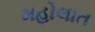
મહોલાત